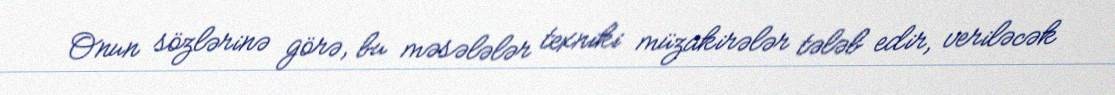
Onun sözlərinə görə, bu məsələlər texniki müzakirələr tələb edir, veriləcək